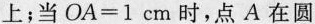
上；当$$O A = 1 c m$$时，点A在圆